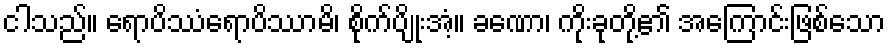
ငါသည်။ ရောပိဿံရောပိဿာမိ၊ စိုက်ပျိုးအံ့။ ခဏော၊ ကိုးခုတို့၏ အကြောင်းဖြစ်သော